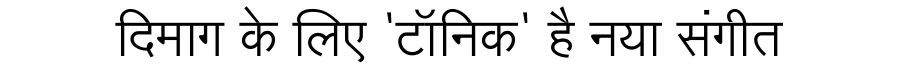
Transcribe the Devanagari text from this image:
दिमाग के लिए 'टॉनिक' है नया संगीत